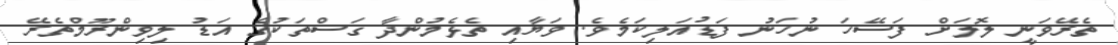
ތެރޭވަނީ ލޮލަށް ފަސޭހަ ނުހަނު ފަޑުއަލިކަމެވެ. ވަޔާއި ތެޅެމުންދާ ގަސްތަކުގެ އަޑު ލިވިންރޫމްތެރޭ